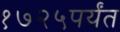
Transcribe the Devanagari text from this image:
१७२५पर्यंत